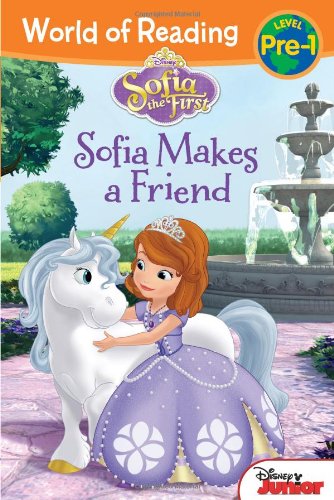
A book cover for World of Reading: Sofia the First Sofia Makes a Friend: Pre-Level 1; Disney Book Group; Children's Books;